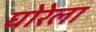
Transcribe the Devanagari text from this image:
घोरेला